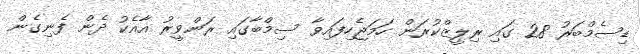
ޑިސެމްބަރު 28 ގައި ރިލީޒްކުރަން ހަމަޖެހިފައިވާ ސިމްބާގައި ރަންވީރު އާއެކު ދެން ފެނިގެން